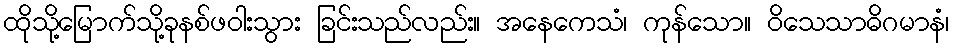
ထိုသို့မြောက်သို့ခုနစ်ဖဝါးသွား ခြင်းသည်လည်း။ အနေကေသံ၊ ကုန်သော။ ဝိသေသာဓိဂမာနံ၊